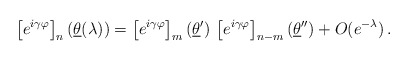
\begin{align*}\left[ e^{i\gamma \varphi }\right] _{n}(\underline{\theta }(\lambda))=\left[ e^{i\gamma \varphi }\right] _{m}(\underline{\theta }^{\prime})\,\left[ e^{i\gamma \varphi }\right] _{n-m}(\underline{\theta }^{\prime\prime })+O(e^{-\lambda })\,.\end{align*}